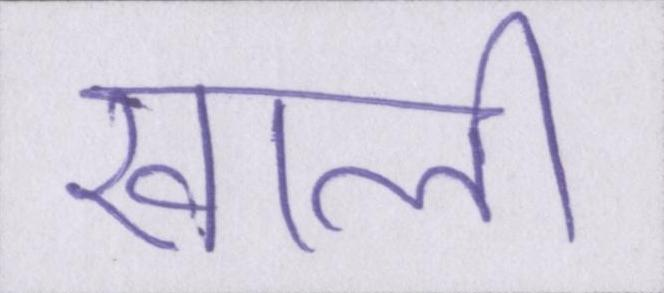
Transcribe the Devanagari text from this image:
खाली